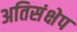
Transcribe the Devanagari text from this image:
अतिसंक्षेप